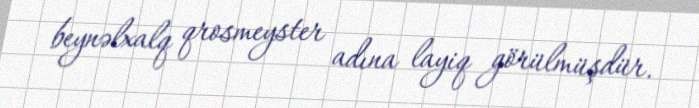
beynəlxalq qrosmeyster adına layiq görülmüşdür.